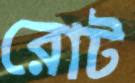
রোট